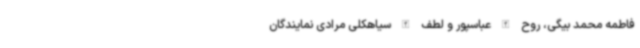
فاطمه محمد بیگی، روح الله عباسپور و لطف الله سیاهکلی مرادی نمایندگان